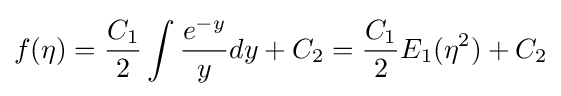
f(\eta )={C_{1} \over 2}\int {e^{-y} \over y}dy+C_{2}={C_{1} \over 2}E_{1}(\eta ^{2})+C_{2}